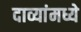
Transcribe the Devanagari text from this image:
दाव्यांमध्ये